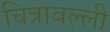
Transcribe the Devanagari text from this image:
चित्रावल्ली